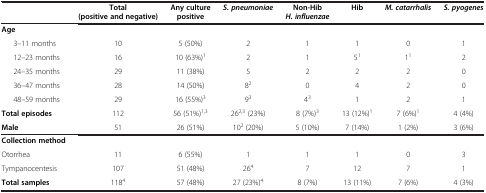
|  | Total (positive and negative) | Any culture positive | S. pneumoniae | Non-Hib H. influenzae | Hib | M. catarrhalis | S. pyogenes |
 | --- | --- | --- | --- | --- | --- | --- | --- |
 | Age |  |  |  |  |  |  |  |
 | 3–11 months | 10 | 5 (50%) | 2 | 1 | 1 | 0 | 1 |
 | 12–23 months | 16 | 10 (63%)1 | 2 | 1 | 51 | 11 | 2 |
 | 24–35 months | 29 | 11 (38%) | 5 | 2 | 2 | 2 | 0 |
 | 36–47 months | 28 | 14 (50%) | 82 | 0 | 4 | 2 | 0 |
 | 48–59 months | 29 | 16 (55%)3 | 93 | 43 | 1 | 2 | 1 |
 | Total episodes | 112 | 56 (51%)1,3 | 262,3 (23%) | 8 (7%)3 | 13 (12%)1 | 7 (6%)1 | 4 (4%) |
 | Male | 51 | 26 (51%) | 102 (20%) | 5 (10%) | 7 (14%) | 1 (2%) | 3 (6%) |
 | Collection method |  |  |  |  |  |  |  |
 | Otorrhea | 11 | 6 (55%) | 1 | 1 | 1 | 0 | 3 |
 | Tympanocentesis | 107 | 51 (48%) | 264 | 7 | 12 | 7 | 1 |
 | Total samples | 1184 | 57 (48%) | 27 (23%)4 | 8 (7%) | 13 (11%) | 7 (6%) | 4 (3%) |